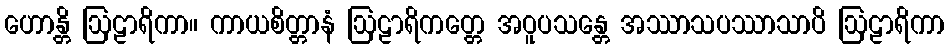
ဟောန္တိ ဩဠာရိကာ။ ကာယစိတ္တာနံ ဩဠာရိကတ္တေ အဝူပသန္တေ အဿာသပဿာသာပိ ဩဠာရိကာ